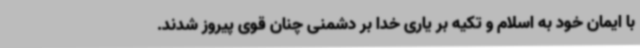
با ایمان خود به اسلام و تکیه بر یاری خدا بر دشمنی چنان قوی پیروز شدند.